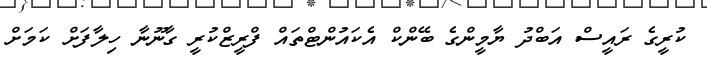
ކުރީގެ ރައީސް އަބްދު ޔާމީންގެ ބޭންކް އެކައުންޓްތައް ފްރީޒްކުރީ ގާނޫނާ ހިލާފަށް ކަމަށް